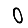
Digit: 0